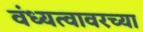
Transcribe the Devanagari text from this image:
वंध्यत्वावरच्या